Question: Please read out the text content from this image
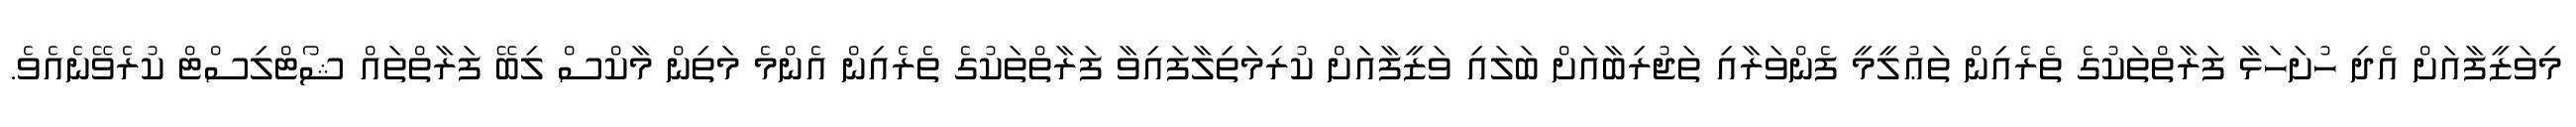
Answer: މިވަޒީފާއަށް އެދި ހުށަހަޅާ ފަރާތްތަކުގެ ތެރެއިން ތަޢުލީމީ ފެންވަރާއި ތަޖުރިބާއަށް ބަލައި ވަޒީފާއަށް ކުރިމަތިލާފައިވާ ފަރާތްތަކުގެ ތެރެއިން އެންމެ މަތިން މާކްސް ލިބޭ ފަރާތްތައް ޝޯޓްލިސްޓް ކުރެވޭނެއެވެ.